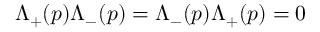
\Lambda _ { + } ( p ) \Lambda _ { - } ( p ) = \Lambda _ { - } ( p ) \Lambda _ { + } ( p ) = 0